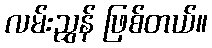
လမ်းညွှန် ဖြစ်တယ်။